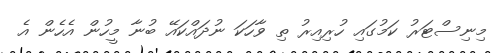
މިނިސްޓަރު ކަމުގައި ހުރިއިރު ތި ވާހަކަ ނުދައްކައޭ ބުނާ މީހުން އެހެން އެ